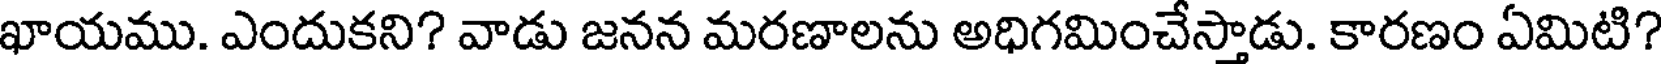
ఖాయము. ఎందుకని? వాడు జనన మరణాలను అధిగమించేస్తాడు. కారణం ఏమిటి?